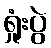
ရှုံးပွဲ